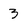
Character: 3